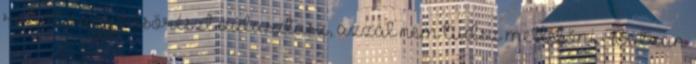
ruhát vagy felsőrészt választasz, azzal nem tudsz mellélőni. Bátran